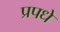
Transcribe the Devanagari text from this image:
प्रपधे